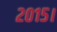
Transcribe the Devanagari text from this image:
२०१५।